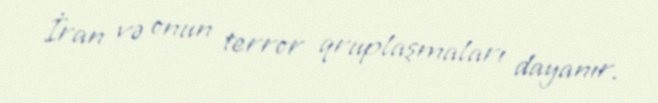
İran və onun terror qruplaşmaları dayanır.